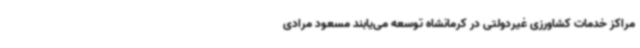
مراکز خدمات کشاورزی غیردولتی در کرمانشاه توسعه می‌یابند مسعود مرادی